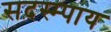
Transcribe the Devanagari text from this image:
सदस्म्पाय